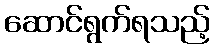
ဆောင်ရွက်ရသည့်